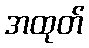
အထုတ်